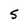
Character: 5